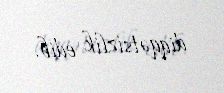
diqqətsizlik edib.